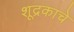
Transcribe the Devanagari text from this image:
शूद्रकाचे